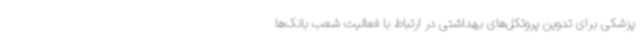
پزشکی برای تدوین پروتکل‌های بهداشتی در ارتباط با فعالیت شعب بانک‌ها